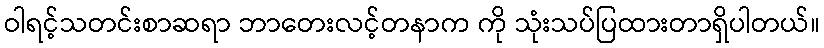
ဝါရင့်သတင်းစာဆရာ ဘာတေးလင့်တနာက ကို သုံးသပ်ပြထားတာရှိပါတယ်။